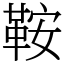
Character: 鞍